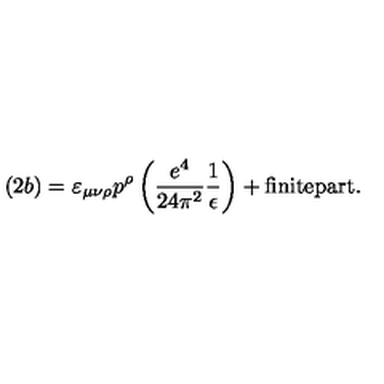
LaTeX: ( 2 b ) = \varepsilon _ { \mu \nu \rho } p ^ { \rho } \left( \frac { e ^ { 4 } } { 2 4 \pi ^ { 2 } } \frac { 1 } { \epsilon } \right) + \mathrm { f i n i t e p a r t } .